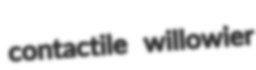
contactile willowier